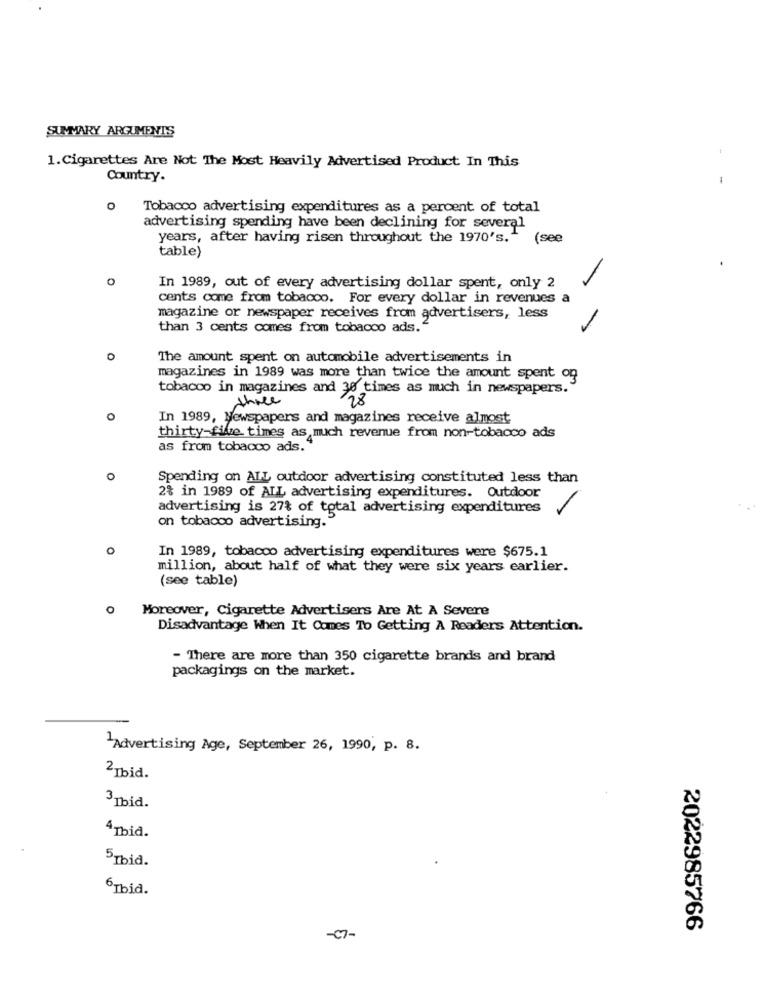
SUMMARY ARGUMENTS
1.Cigarettes Are Not The Most Heavily Advertised Product In This
Country.
-
Tobacco advertising expenditures as a percent of total
advertising spending have been declining for several
years, after having risen throughout the 1970's."
(see
table)
In 1989, out of every advertising dollar spent, only 2
cents come from tobacco. For every dollar in revenues a
magazine or newspaper receives from advertisers, less
than 3 cents comes from tobacco ads."
0
The amount spent on automobile advertisements in
magazines in 1989 was more than twice the amount spent on
tobacco in magazines and 30 times as much in newspapers.
three
28
0
In 1989, Newspapers and magazines receive almost
thirty-five times as much revenue from non-tobacco ads
as from tobacco ads.
o
Spending on ALL outdoor advertising constituted less than
2% in 1989 of ALL advertising expenditures. Outdoor
advertising is 27% of total advertising expenditures
-
on tobacco advertising."
o
In 1989, tobacco advertising expenditures were $675.1
million, about half of what they were six years earlier.
(see table)
Moreover, Cigarette Advertisers Are At A Severe
Disadvantage When It Comes To Getting A Readers Attention.
- There are more than 350 cigarette brands and brand
packagings on the market.
1Advertising Age, September 26, 1990, p. 8.
2 Ibid.
3 Toid.
4 Thid.
5 Tbid.
6Tbia.
2022985766
-07-